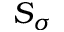
S _ { \sigma }